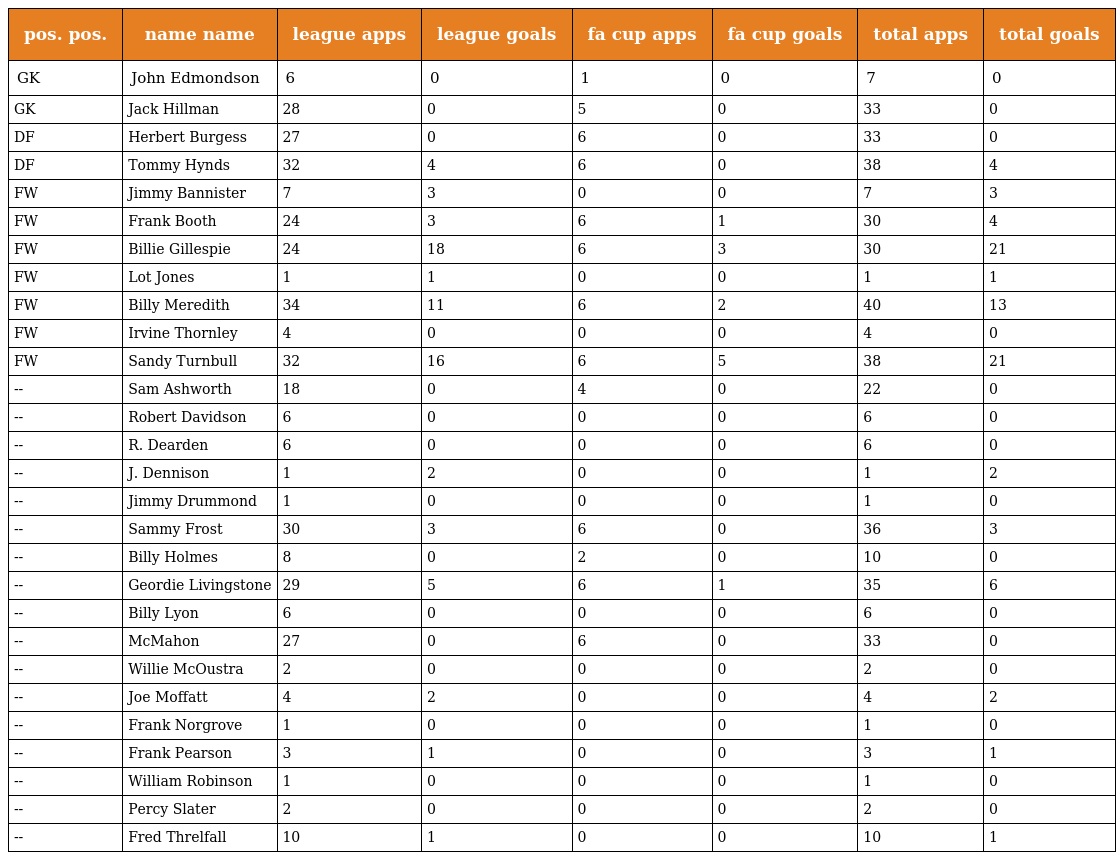
| pos. pos. | name name | league apps | league goals | fa cup apps | fa cup goals | total apps | total goals |
 | --- | --- | --- | --- | --- | --- | --- | --- |
 | GK | John Edmondson | 6 | 0 | 1 | 0 | 7 | 0 |
 | GK | Jack Hillman | 28 | 0 | 5 | 0 | 33 | 0 |
 | DF | Herbert Burgess | 27 | 0 | 6 | 0 | 33 | 0 |
 | DF | Tommy Hynds | 32 | 4 | 6 | 0 | 38 | 4 |
 | FW | Jimmy Bannister | 7 | 3 | 0 | 0 | 7 | 3 |
 | FW | Frank Booth | 24 | 3 | 6 | 1 | 30 | 4 |
 | FW | Billie Gillespie | 24 | 18 | 6 | 3 | 30 | 21 |
 | FW | Lot Jones | 1 | 1 | 0 | 0 | 1 | 1 |
 | FW | Billy Meredith | 34 | 11 | 6 | 2 | 40 | 13 |
 | FW | Irvine Thornley | 4 | 0 | 0 | 0 | 4 | 0 |
 | FW | Sandy Turnbull | 32 | 16 | 6 | 5 | 38 | 21 |
 | -- | Sam Ashworth | 18 | 0 | 4 | 0 | 22 | 0 |
 | -- | Robert Davidson | 6 | 0 | 0 | 0 | 6 | 0 |
 | -- | R. Dearden | 6 | 0 | 0 | 0 | 6 | 0 |
 | -- | J. Dennison | 1 | 2 | 0 | 0 | 1 | 2 |
 | -- | Jimmy Drummond | 1 | 0 | 0 | 0 | 1 | 0 |
 | -- | Sammy Frost | 30 | 3 | 6 | 0 | 36 | 3 |
 | -- | Billy Holmes | 8 | 0 | 2 | 0 | 10 | 0 |
 | -- | Geordie Livingstone | 29 | 5 | 6 | 1 | 35 | 6 |
 | -- | Billy Lyon | 6 | 0 | 0 | 0 | 6 | 0 |
 | -- | McMahon | 27 | 0 | 6 | 0 | 33 | 0 |
 | -- | Willie McOustra | 2 | 0 | 0 | 0 | 2 | 0 |
 | -- | Joe Moffatt | 4 | 2 | 0 | 0 | 4 | 2 |
 | -- | Frank Norgrove | 1 | 0 | 0 | 0 | 1 | 0 |
 | -- | Frank Pearson | 3 | 1 | 0 | 0 | 3 | 1 |
 | -- | William Robinson | 1 | 0 | 0 | 0 | 1 | 0 |
 | -- | Percy Slater | 2 | 0 | 0 | 0 | 2 | 0 |
 | -- | Fred Threlfall | 10 | 1 | 0 | 0 | 10 | 1 |